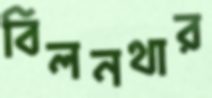
বিলনথার